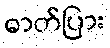
ဓာတ်ပြား